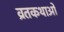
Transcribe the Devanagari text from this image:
व्रतकथाओं